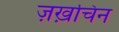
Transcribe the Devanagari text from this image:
ज़ख़चिन